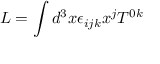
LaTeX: L = \int d ^ { 3 } x \epsilon _ { i j k } x ^ { j } T ^ { 0 k }